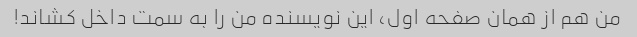
من هم از همان صفحه اول، این نویسنده من را به سمت داخل کشاند!